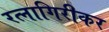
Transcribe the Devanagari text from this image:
रत्‍नागिरीकर